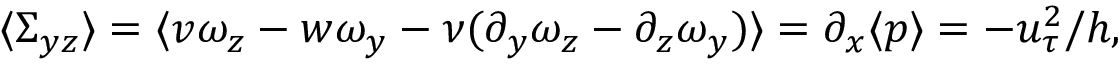
\langle \Sigma _ { y z } \rangle = \langle v \omega _ { z } - w \omega _ { y } - \nu ( \partial _ { y } \omega _ { z } - \partial _ { z } \omega _ { y } ) \rangle = \partial _ { x } \langle p \rangle = - u _ { \tau } ^ { 2 } / h ,